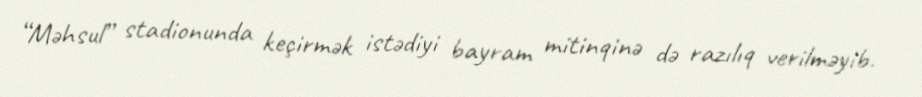
“Məhsul” stadionunda keçirmək istədiyi bayram mitinqinə də razılıq verilməyib.